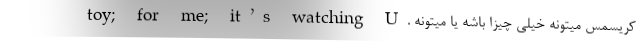
toy; for me; it’s watching U. کریسمس میتونه خیلی چیزا باشه یا میتونه